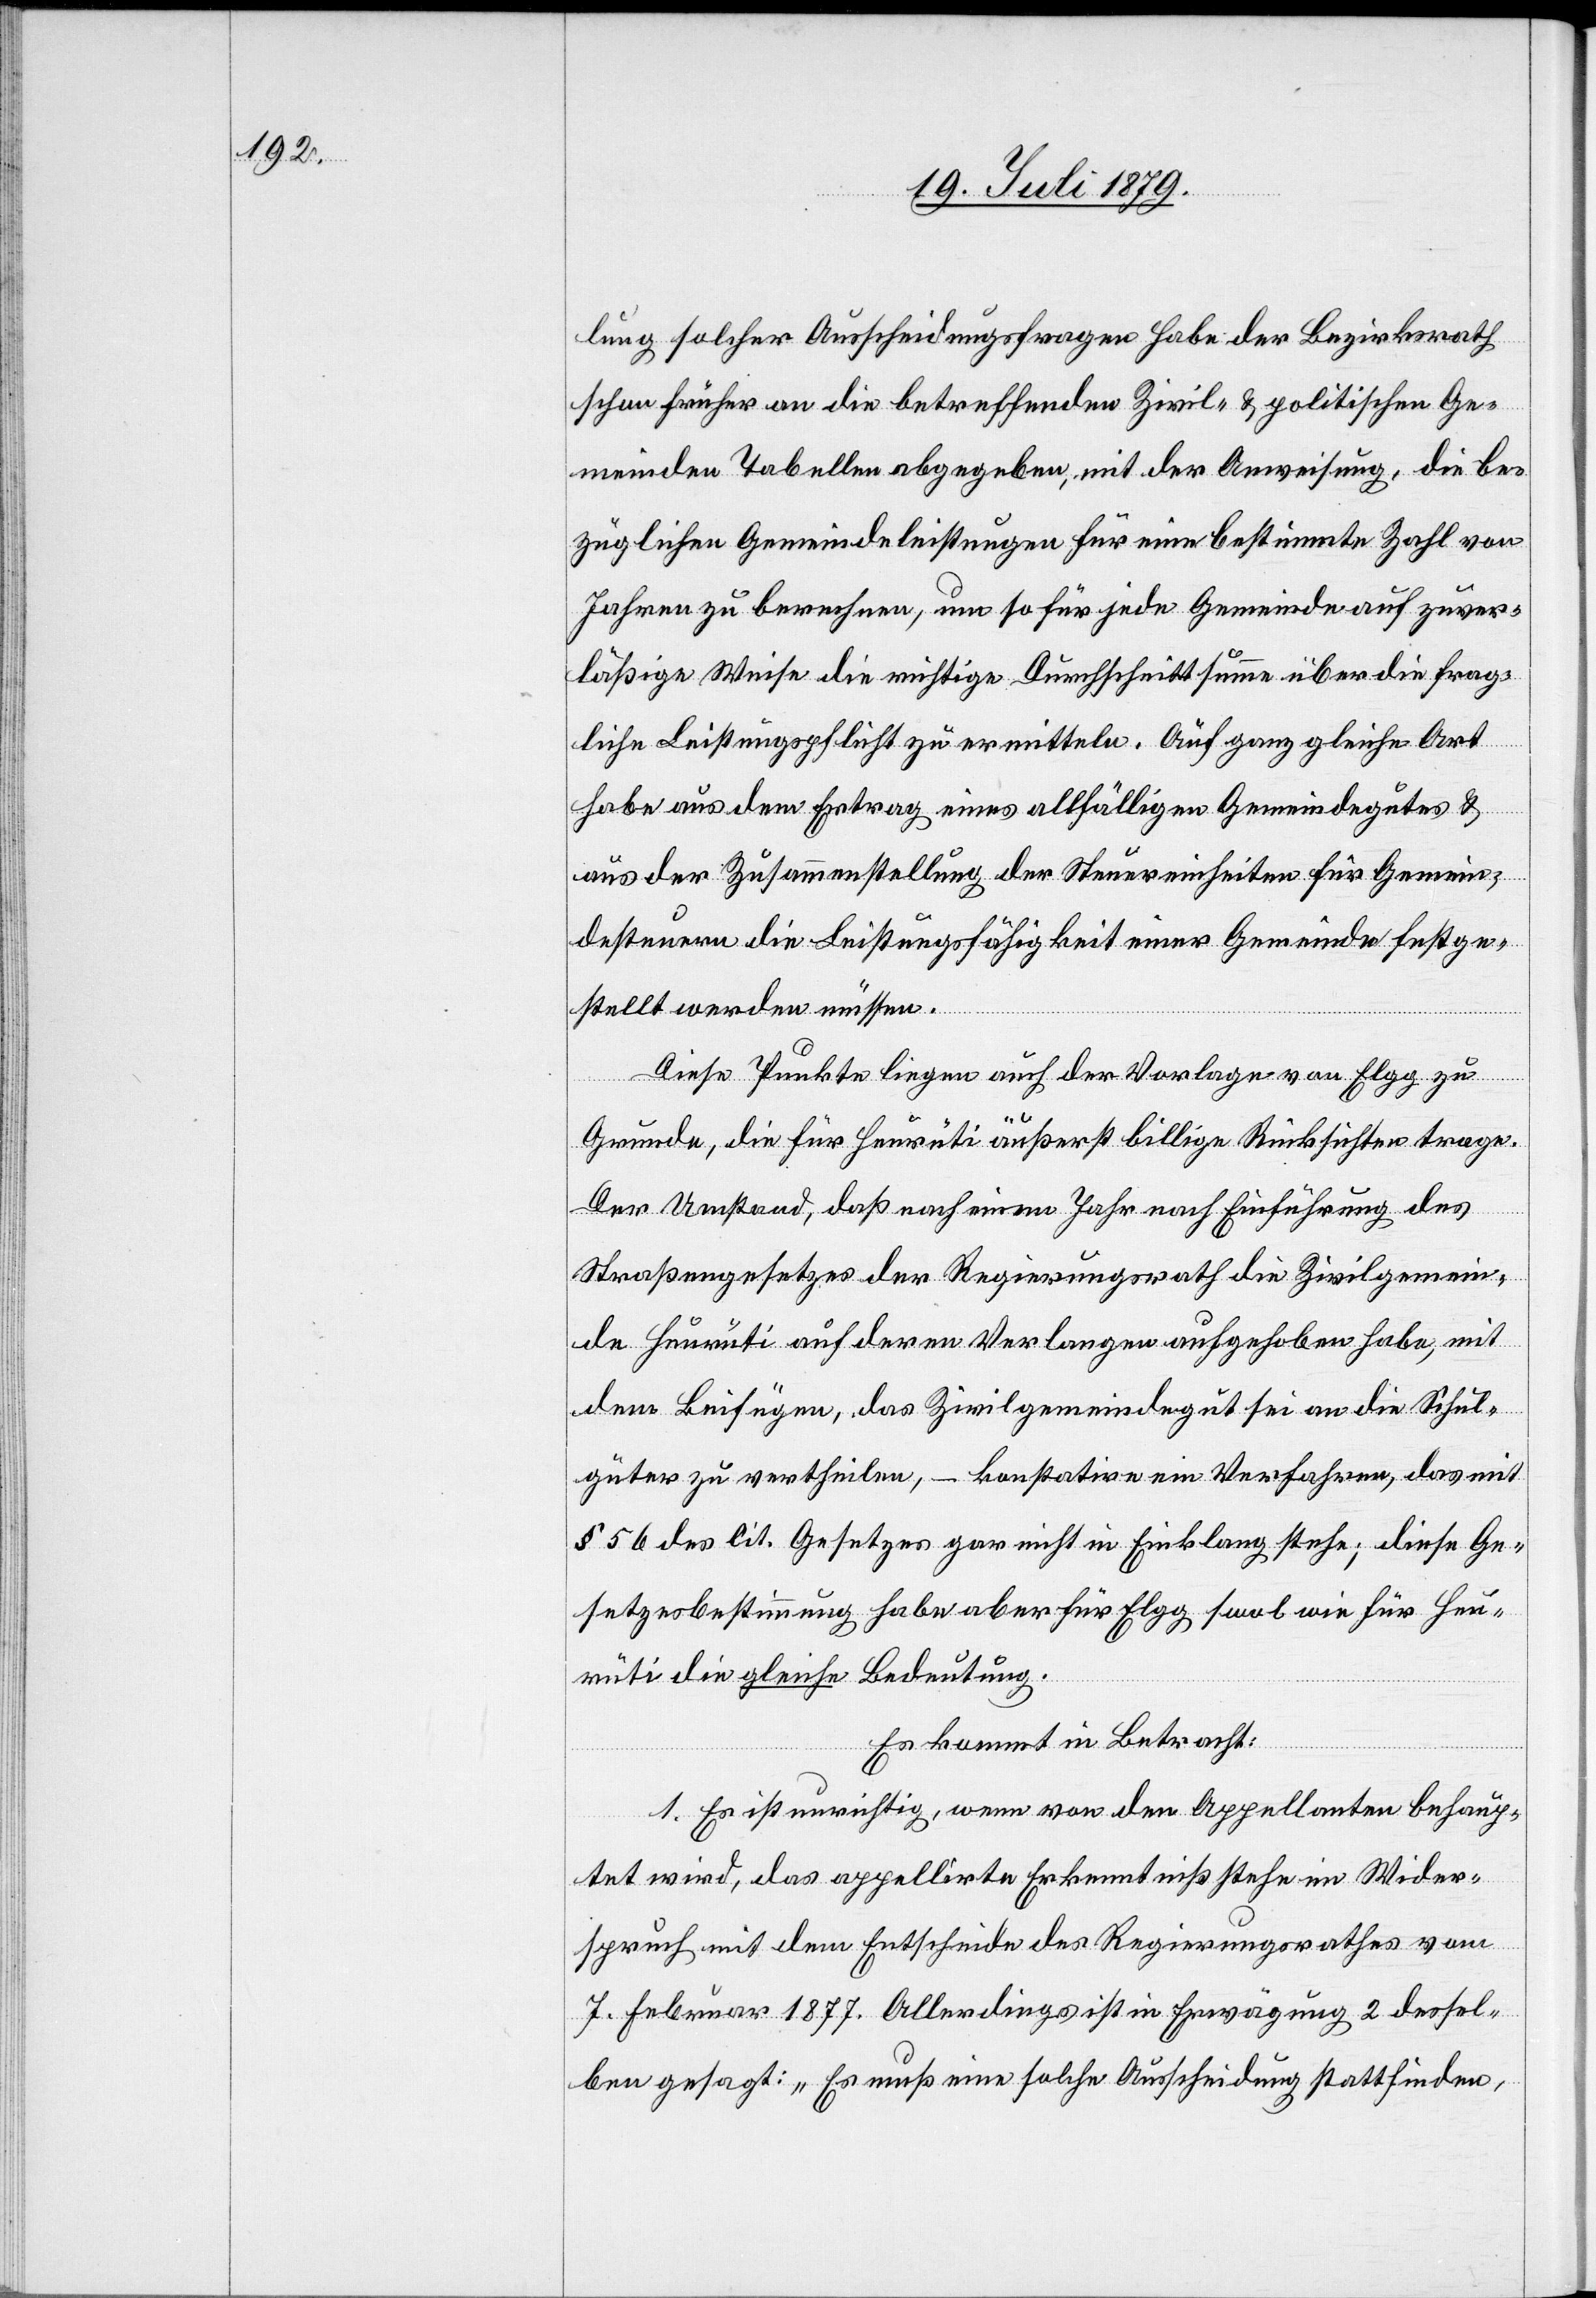
lung solcher Ausscheidungsfragen habe der Bezirksrath
schon früher an die betreffenden Zivil- & politischen Ge¬
meinden Tabellen abgegeben, mit der Anweisung, die be¬
züglichen Gemeindeleistungen für eine bestimmte Zahl von
Jahren zu berechnen, um so für jede Gemeinde auf zuver¬
lässige Weise die richtige Durchschnittsumme über die frag¬
liche Leistungspflicht zu ermitteln. Auf ganz gleiche Art
habe aus dem Ertrag eines allfälligen Gemeindegutes &
aus der Zusammenstellung der Steuereinheiten für Gemein¬
desteuern die Leistungsfähigkeit einer Gemeinde festge¬
stellt werden müssen.
Diese Punkte liegen auch der Vorlage von Elgg zu
Grunde, die für Heurüti äußerst billige Rücksichten trage.
Der Umstand, daß nach einem Jahr nach Einführung des
Straßengesetzes der Regierungsrath die Zivilgemein¬
de Heurüti auf deren Verlangen aufgehoben habe, mit
dem Beifügen, das Zivilgemeindegut sei an die Schul¬
güter zu vertheilen, – konstatire ein Verfahren, das mit
§ 56 des lit. Gesetzes gar nicht in Einklang stehe; diese Ge¬
setzesbestimmung habe aber für Elgg s[o]wol wie für Heu¬
rüti die gleiche Bedeutung.
Es kommt in Betracht:
1. Es ist unrichtig, wenn von den Appellanten behaup¬
tet wird, das appellirte Erkenntniß stehe im Wider¬
spruch mit dem Enthscheide des Regierungsrathes vom
7. Februar 1877. Allerdings ist in Erwägung 2 dessel¬
ben gesagt: „Es muß eine solche Ausscheidung stattfinden,